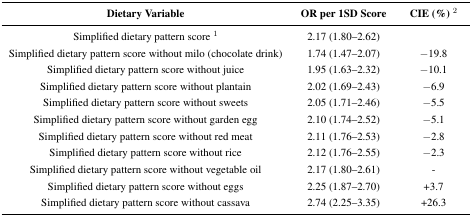
<table><thead><tr><td><b>Dietary Variable</b></td><td><b>OR per 1SD Score</b></td><td><b>CIE (%) <sup>2</sup></b></td></tr></thead><tbody><tr><td>Simplified dietary pattern score <sup>1</sup></td><td>2.17 (1.80–2.62)</td><td></td></tr><tr><td>Simplified dietary pattern score without milo (chocolate drink)</td><td>1.74 (1.47–2.07)</td><td>−19.8</td></tr><tr><td>Simplified dietary pattern score without juice</td><td>1.95 (1.63–2.32)</td><td>−10.1</td></tr><tr><td>Simplified dietary pattern score without plantain</td><td>2.02 (1.69–2.43)</td><td>−6.9</td></tr><tr><td>Simplified dietary pattern score without sweets</td><td>2.05 (1.71–2.46)</td><td>−5.5</td></tr><tr><td>Simplified dietary pattern score without garden egg</td><td>2.10 (1.74–2.52)</td><td>−5.1</td></tr><tr><td>Simplified dietary pattern score without red meat</td><td>2.11 (1.76–2.53)</td><td>−2.8</td></tr><tr><td>Simplified dietary pattern score without rice</td><td>2.12 (1.76–2.55)</td><td>−2.3</td></tr><tr><td>Simplified dietary pattern score without vegetable oil</td><td>2.17 (1.80–2.61)</td><td>-</td></tr><tr><td>Simplified dietary pattern score without eggs</td><td>2.25 (1.87–2.70)</td><td>+3.7</td></tr><tr><td>Simplified dietary pattern score without cassava</td><td>2.74 (2.25–3.35)</td><td>+26.3</td></tr></tbody></table>